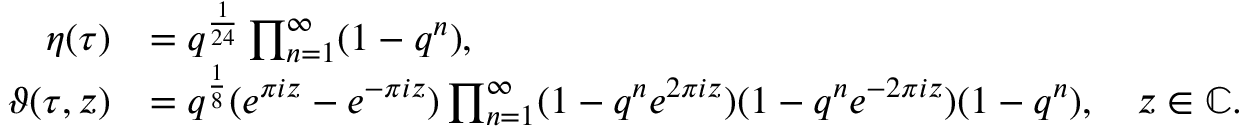
\begin{array} { r l } { \eta ( \tau ) } & { = q ^ { \frac { 1 } { 2 4 } } \prod _ { n = 1 } ^ { \infty } ( 1 - q ^ { n } ) , } \\ { \vartheta ( \tau , z ) } & { = q ^ { \frac { 1 } { 8 } } ( e ^ { \pi i z } - e ^ { - \pi i z } ) \prod _ { n = 1 } ^ { \infty } ( 1 - q ^ { n } e ^ { 2 \pi i z } ) ( 1 - q ^ { n } e ^ { - 2 \pi i z } ) ( 1 - q ^ { n } ) , \quad z \in \mathbb C . } \end{array}